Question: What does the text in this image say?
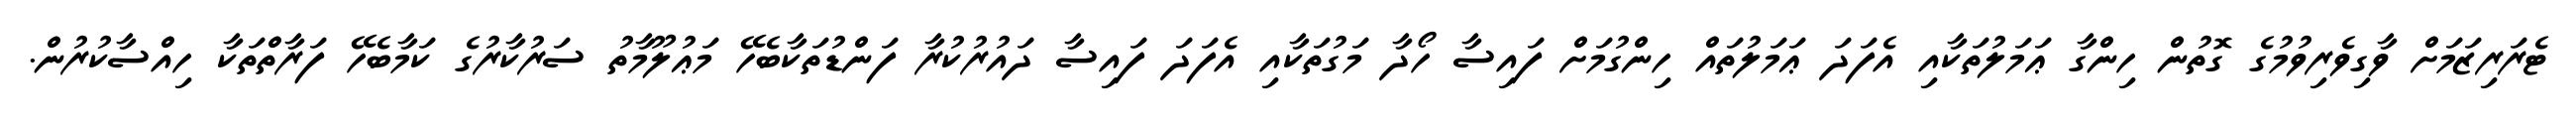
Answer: ޓެރަރިޒަމަށް ވާގިވެރިވުމުގެ ގޮތުން ހިންގާ ޢަމަލުތަކާއި އެފަދަ ޢަމަލުތައް ހިންގުމަށް ފައިސާ ހޯދާ މަގުތަކާއި އެފަދަ ފައިސާ ދައުރުކުރާ ފަންޑުތަކާބެހޭ މަޢުލޫމާތު ސަރުކާރުގެ ކަމާބެހޭ ފަރާތްތަކާ ހިއްސާކުރުން.